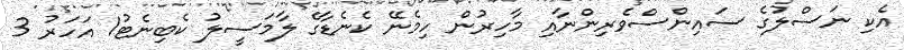
އެކި ނަސްލުގެ ސައިންސްވެރިންނާއި މާހިރުން ހިމެނޭ ކެނެޑާގެ ލާމަސީލު ކެބިނެޓު1 އަހަރު 3